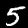
Digit: 5